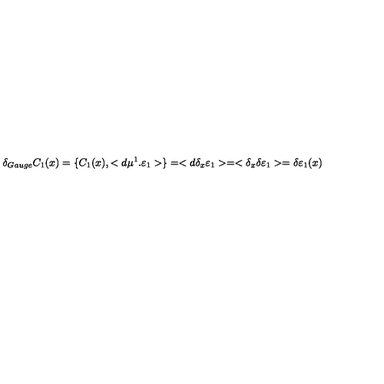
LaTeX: \delta _ { G a u g e } C _ { 1 } ( x ) = \{ C _ { 1 } ( x ) , < d \mu ^ { 1 } . \varepsilon _ { 1 } > \} = < d \delta _ { x } \varepsilon _ { 1 } > = < \delta _ { x } \delta \varepsilon _ { 1 } > = \delta \varepsilon _ { 1 } ( x )